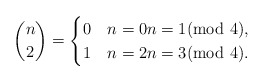
\begin{align*}\binom{n}{2} = \begin{cases}0 & n=0 n=1 (\mathrm{mod}\ 4),\\1 & n=2 n=3 (\mathrm{mod}\ 4).\end{cases}\end{align*}